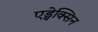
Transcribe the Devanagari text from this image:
एड्वेक्सिन